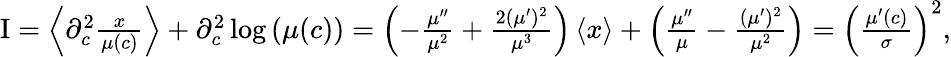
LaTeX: \begin{array}{r}{\mathrm{I}=\left\langle\partial_{c}^{2}\frac{x}{\mu(c)}\right\rangle+\partial_{c}^{2}\log\left(\mu(c)\right)=\left(-\frac{\mu^{\prime\prime}}{\mu^{2}}+\frac{2(\mu^{\prime})^{2}}{\mu^{3}}\right)\left\langle x\right\rangle+\left(\frac{\mu^{\prime\prime}}{\mu}-\frac{(\mu^{\prime})^{2}}{\mu^{2}}\right)=\left(\frac{\mu^{\prime}(c)}{\sigma}\right)^{2},}\end{array}